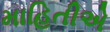
માહિતીએ